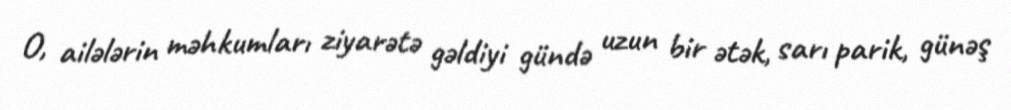
O, ailələrin məhkumları ziyarətə gəldiyi gündə uzun bir ətək, sarı parik, günəş